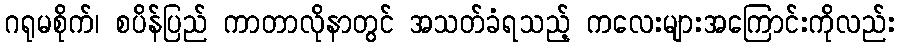
ဂရုမစိုက်၊ စပိန်ပြည် ကာတာလိုနာတွင် အသတ်ခံရသည့် ကလေးများအကြောင်းကိုလည်း